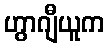
ဟွာဂျီယူက